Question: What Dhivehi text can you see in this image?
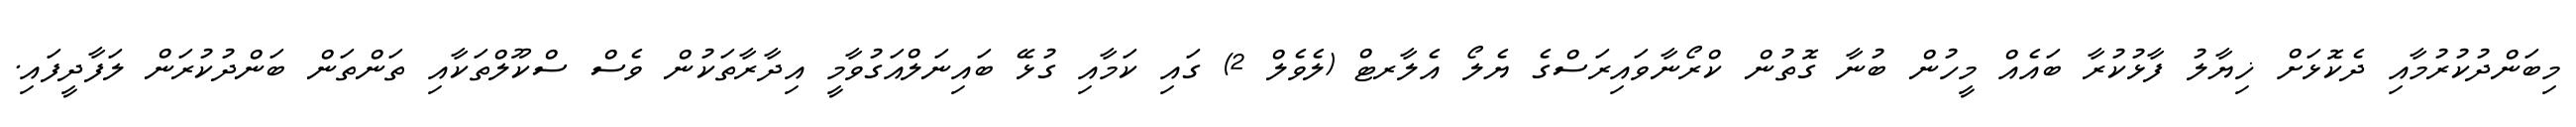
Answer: މިބަންދުކުރުމާއި ދެކޮޅަށް ޚިޔާލު ފާޅުކުރާ ބައެއް މީހުން ބުނާ ގޮތުން ކްރޯނާވައިރަސްގެ ޔެލޯ އެލާރޓް (ލެވެލް 2) ގައި ކަމާއި ގުޅޭ ބައިނަލްއަގުވާމީ އިދާރާތަކުން ވެސް ސްކޫލްތަކާއި ތަންތަން ބަންދުކުރަން ލަފާދީފައި.